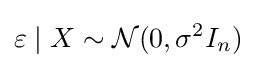
\varepsilon \mid X\sim {\mathcal {N}}(0,\sigma ^{2}I_{n})